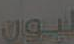
ليون